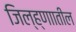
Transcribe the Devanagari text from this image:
जिल्ह्णाातील